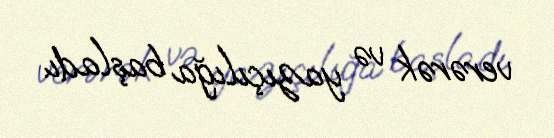
verərək və yazıçılığa başladı.